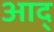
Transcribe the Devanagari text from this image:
आद्